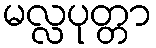
မလ္လပုတ္တာ